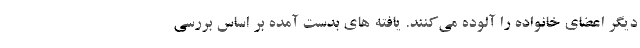
دیگر اعضای خانواده را آلوده می‌کنند. یافته های بدست آمده بر اساس بررسی